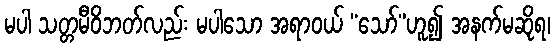
မပါ သတ္တမီဝိဘတ်လည်း မပါသော အရာဝယ် “သော်”ဟူ၍ အနက်မဆိုရ၊